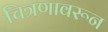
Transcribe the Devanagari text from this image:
चित्रणावरून